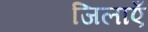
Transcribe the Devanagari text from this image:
जिलाएँ